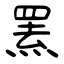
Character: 罴